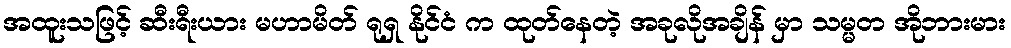
အထူးသဖြင့် ဆီးရီးယား မဟာမိတ် ရုရှ နိုင်ငံ က ထုတ်နေတဲ့ အခုလိုအချိန် မှာ သမ္မတ အိုဘားမား